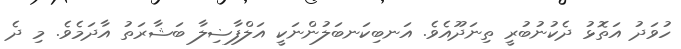
ހުވަދު އަތޮޅު ދެކުނުބުރީ ތިނަދޫއެވެ. އަނބިކަނބަލުންނަކީ އަލްފާޟިލާ ބަޝާރަތު އާދަމެވެ. މި ދެ